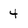
Character: 4